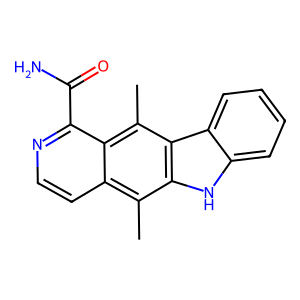
SMILES: Cc1c2ccnc(C(N)=O)c2c(C)c2c1[nH]c1ccccc12
Inhibits HIV replication: No